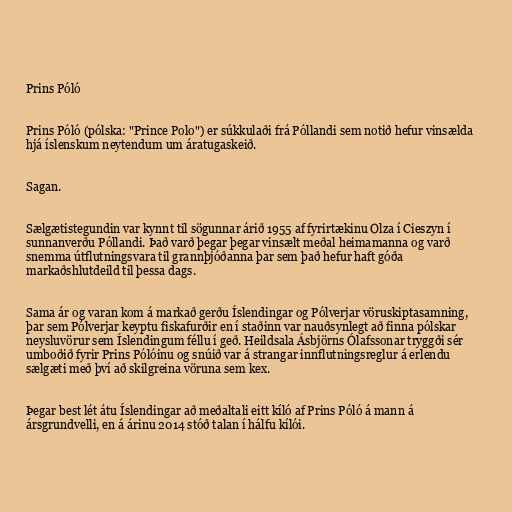
Prins Póló

Prins Póló (pólska: "Prince Polo") er súkkulaði frá Póllandi sem notið hefur vinsælda
hjá íslenskum neytendum um áratugaskeið.

Sagan.

Sælgætistegundin var kynnt til sögunnar árið 1955 af fyrirtækinu Olza í Cieszyn í
sunnanverðu Póllandi. Það varð þegar þegar vinsælt meðal heimamanna og varð
snemma útflutningsvara til grannþjóðanna þar sem það hefur haft góða
markaðshlutdeild til þessa dags.

Sama ár og varan kom á markað gerðu Íslendingar og Pólverjar vöruskiptasamning,
þar sem Pólverjar keyptu fiskafurðir en í staðinn var nauðsynlegt að finna pólskar
neysluvörur sem Íslendingum féllu í geð. Heildsala Ásbjörns Ólafssonar tryggði sér
umboðið fyrir Prins Pólóinu og snúið var á strangar innflutningsreglur á erlendu
sælgæti með því að skilgreina vöruna sem kex.

Þegar best lét átu Íslendingar að meðaltali eitt kíló af Prins Póló á mann á
ársgrundvelli, en á árinu 2014 stóð talan í hálfu kílói.